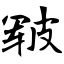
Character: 皲